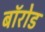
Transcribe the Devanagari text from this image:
बॉरोड